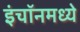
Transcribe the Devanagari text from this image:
इंचॉनमध्ये